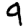
Digit: 9